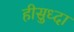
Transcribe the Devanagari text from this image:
हीसुध्दा